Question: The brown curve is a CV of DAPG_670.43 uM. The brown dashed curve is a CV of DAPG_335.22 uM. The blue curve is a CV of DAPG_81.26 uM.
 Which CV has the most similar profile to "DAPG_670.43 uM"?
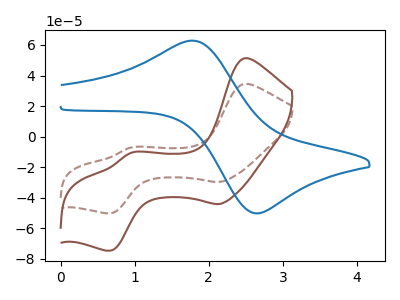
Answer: <think>The brown curve "DAPG_670.43 uM" has anodic peaks at (2.50V, 51.25uA) (0.95V, -10.60uA) and cathodic peaks at (2.15V, -44.15uA) (0.65V, -74.65uA). The brown dashed curve "DAPG_335.22 uM" has anodic peaks at (2.50V, 34.50uA) (0.95V, -7.15uA) and cathodic peaks at (2.15V, -29.70uA) (0.65V, -50.20uA). The blue curve "DAPG_81.26 uM" has an anodic peak at (1.80V, 62.80uA) and a cathodic peak at (2.65V, -50.25uA).
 All the peaks in "DAPG_670.43 uM" have a peak in "DAPG_335.22 uM" at the same potential. "DAPG_670.43 uM" and "DAPG_81.26 uM" have a different number of peaks. "DAPG_335.22 uM" and "DAPG_81.26 uM" have a different number of peaks.</think>
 <answer>The CV with the most similar shape to "DAPG_335.22 uM" is "DAPG_670.43 uM".</answer>
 <eval>"DAPG_670.43 uM"</eval>